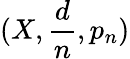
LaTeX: (X,{\frac{d}{n}},p_{n})